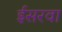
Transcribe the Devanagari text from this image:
ईसरवा